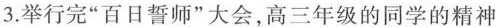
3.举行完”百日誓师”大会，高三年级的同学的精神